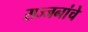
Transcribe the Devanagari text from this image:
सज्जनांचे